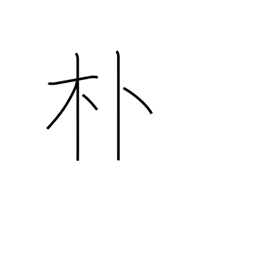
Meaning: simple